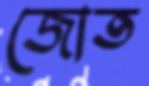
জোত